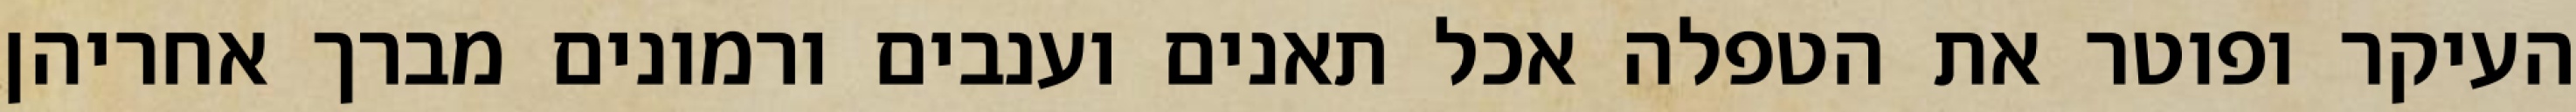
העיקר ופוטר את הטפלה אכל תאנים וענבים ורמונים מברך אחריהן